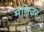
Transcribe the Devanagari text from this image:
मणिउर